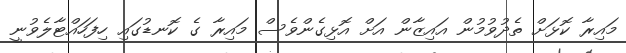
މައިރާ ކޮޅަށް ތެދުވުމުން އައިޒާން އަށް އޮޅިގެންވެސް މައިރާ ގެ ކޮނޑުގައި ހިފަހައްޓާލެވުނީ